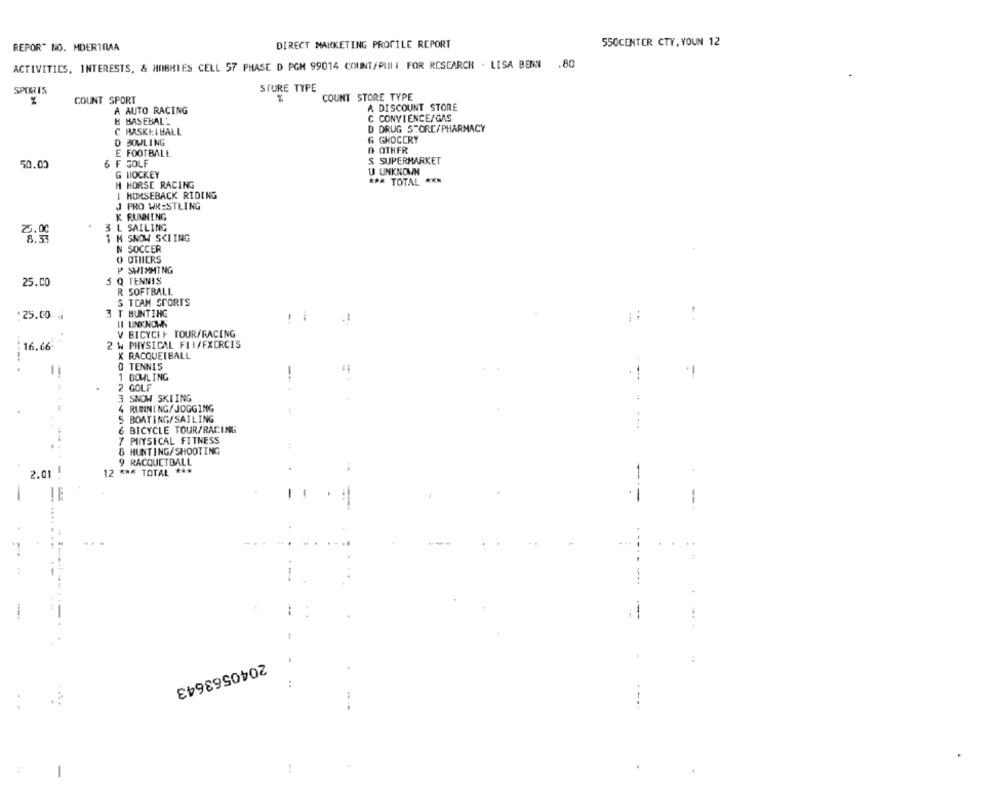
REPOR" NO. MDERIOAA
DIRECT MARKETING PROFILE REPORT
550CENTER CTY, YOUN 12
ACTIVITIES, INTERESTS, & HOBBIES CELL 57 PHASE D PGM 99014 COUNT/PULI FOR RESEARCH . LISA BENN .80
STORE TYPE
SPORIS
COUNT SPORT
COUNT STORE TYPE
A AUTO RACING
A DISCOUNT STORE
B BASEBAL:
C CONVIENCE/GAS
D DRUG STORE/PHARMACY
C BASKETBALL
D BOWLING
G GROCERY
0 OTHER
E FOOTBALL
50.00
6 F GOLF
S SUPERMARKET
G HOCKEY
U UNKNOWN
*** TOTAL ***
H HORSE RACING
HORSEBACK RIDING
J PRO WRESTLING
K RUNNING
3 L SAILING
1 M SNOW SCIING
N SOCCER
OTHIERS
P SWIMMING
25.CO
5 Q TENNIS
R SOFTBALL
S TEAM SPORTS
.25.00.
3 T HUNTING
II UNKNOWN
-
.1
V BICYCLE TOUR/RACING
16.66
2 W PHYSICAL FIA/EXERCIS
X RACQUETBALL
----. .
O TENNIS
1 BOWLING
2 GOLF
3 SNOW SKLING
4 RIBINING/JOGGING
5 BOATING/SAILING
6 BICYCLE TOUR/RACING
.....
7 PIIYSICAL FITNESS
& HUNTING/SHOOTING
9 RACQUETBALL
--
2.01
12 *** TOTAL ***
!E
-
--
2040563643